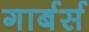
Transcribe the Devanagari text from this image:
गार्बर्स